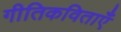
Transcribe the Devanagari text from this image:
गीतिकविताएँ